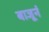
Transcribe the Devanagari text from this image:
बाजूनं